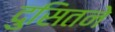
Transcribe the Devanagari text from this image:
दुसितने